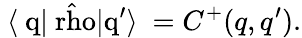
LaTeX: \mathrm{~\langle~{q}|{\hat{\ rho}}|{q^{\prime}}\rangle~}=C^{+}(q,q^{\prime}).